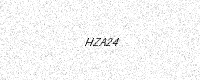
Text: HZA24